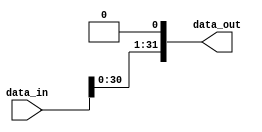
`timescale 1ns/1ps
// 32 bit input, 32 bit output, left shift by 1 bit, asynchronous
module left_shift_1(
    input [31 : 0] data_in,
    output [31 : 0] data_out
);

    assign data_out = data_in << 1;

endmodule